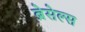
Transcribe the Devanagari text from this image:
ब्रेसेल्स